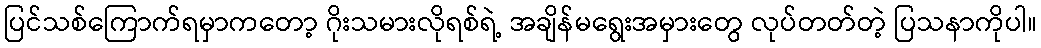
ပြင်သစ်ကြောက်ရမှာကတော့ ဂိုးသမားလိုရစ်ရဲ့ အချိန်မရွေးအမှားတွေ လုပ်တတ်တဲ့ ပြသနာကိုပါ။